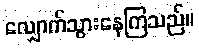
လျှောက်သွားနေကြသည်။